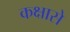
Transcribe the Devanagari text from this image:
कक्षासे